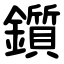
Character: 鑕